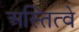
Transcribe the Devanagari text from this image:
अस्तित्वे